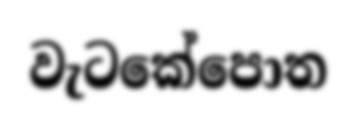
වැටකේපොත